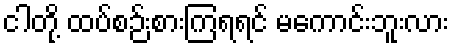
ငါတို့ ထပ်စဉ်းစားကြရရင် မကောင်းဘူးလား